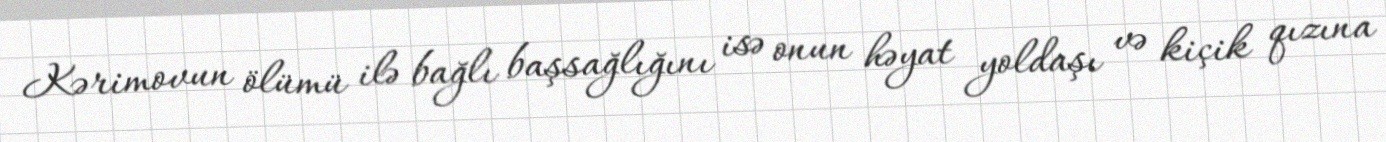
Kərimovun ölümü ilə bağlı başsağlığını isə onun həyat yoldaşı və kiçik qızına